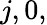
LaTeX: j,0,